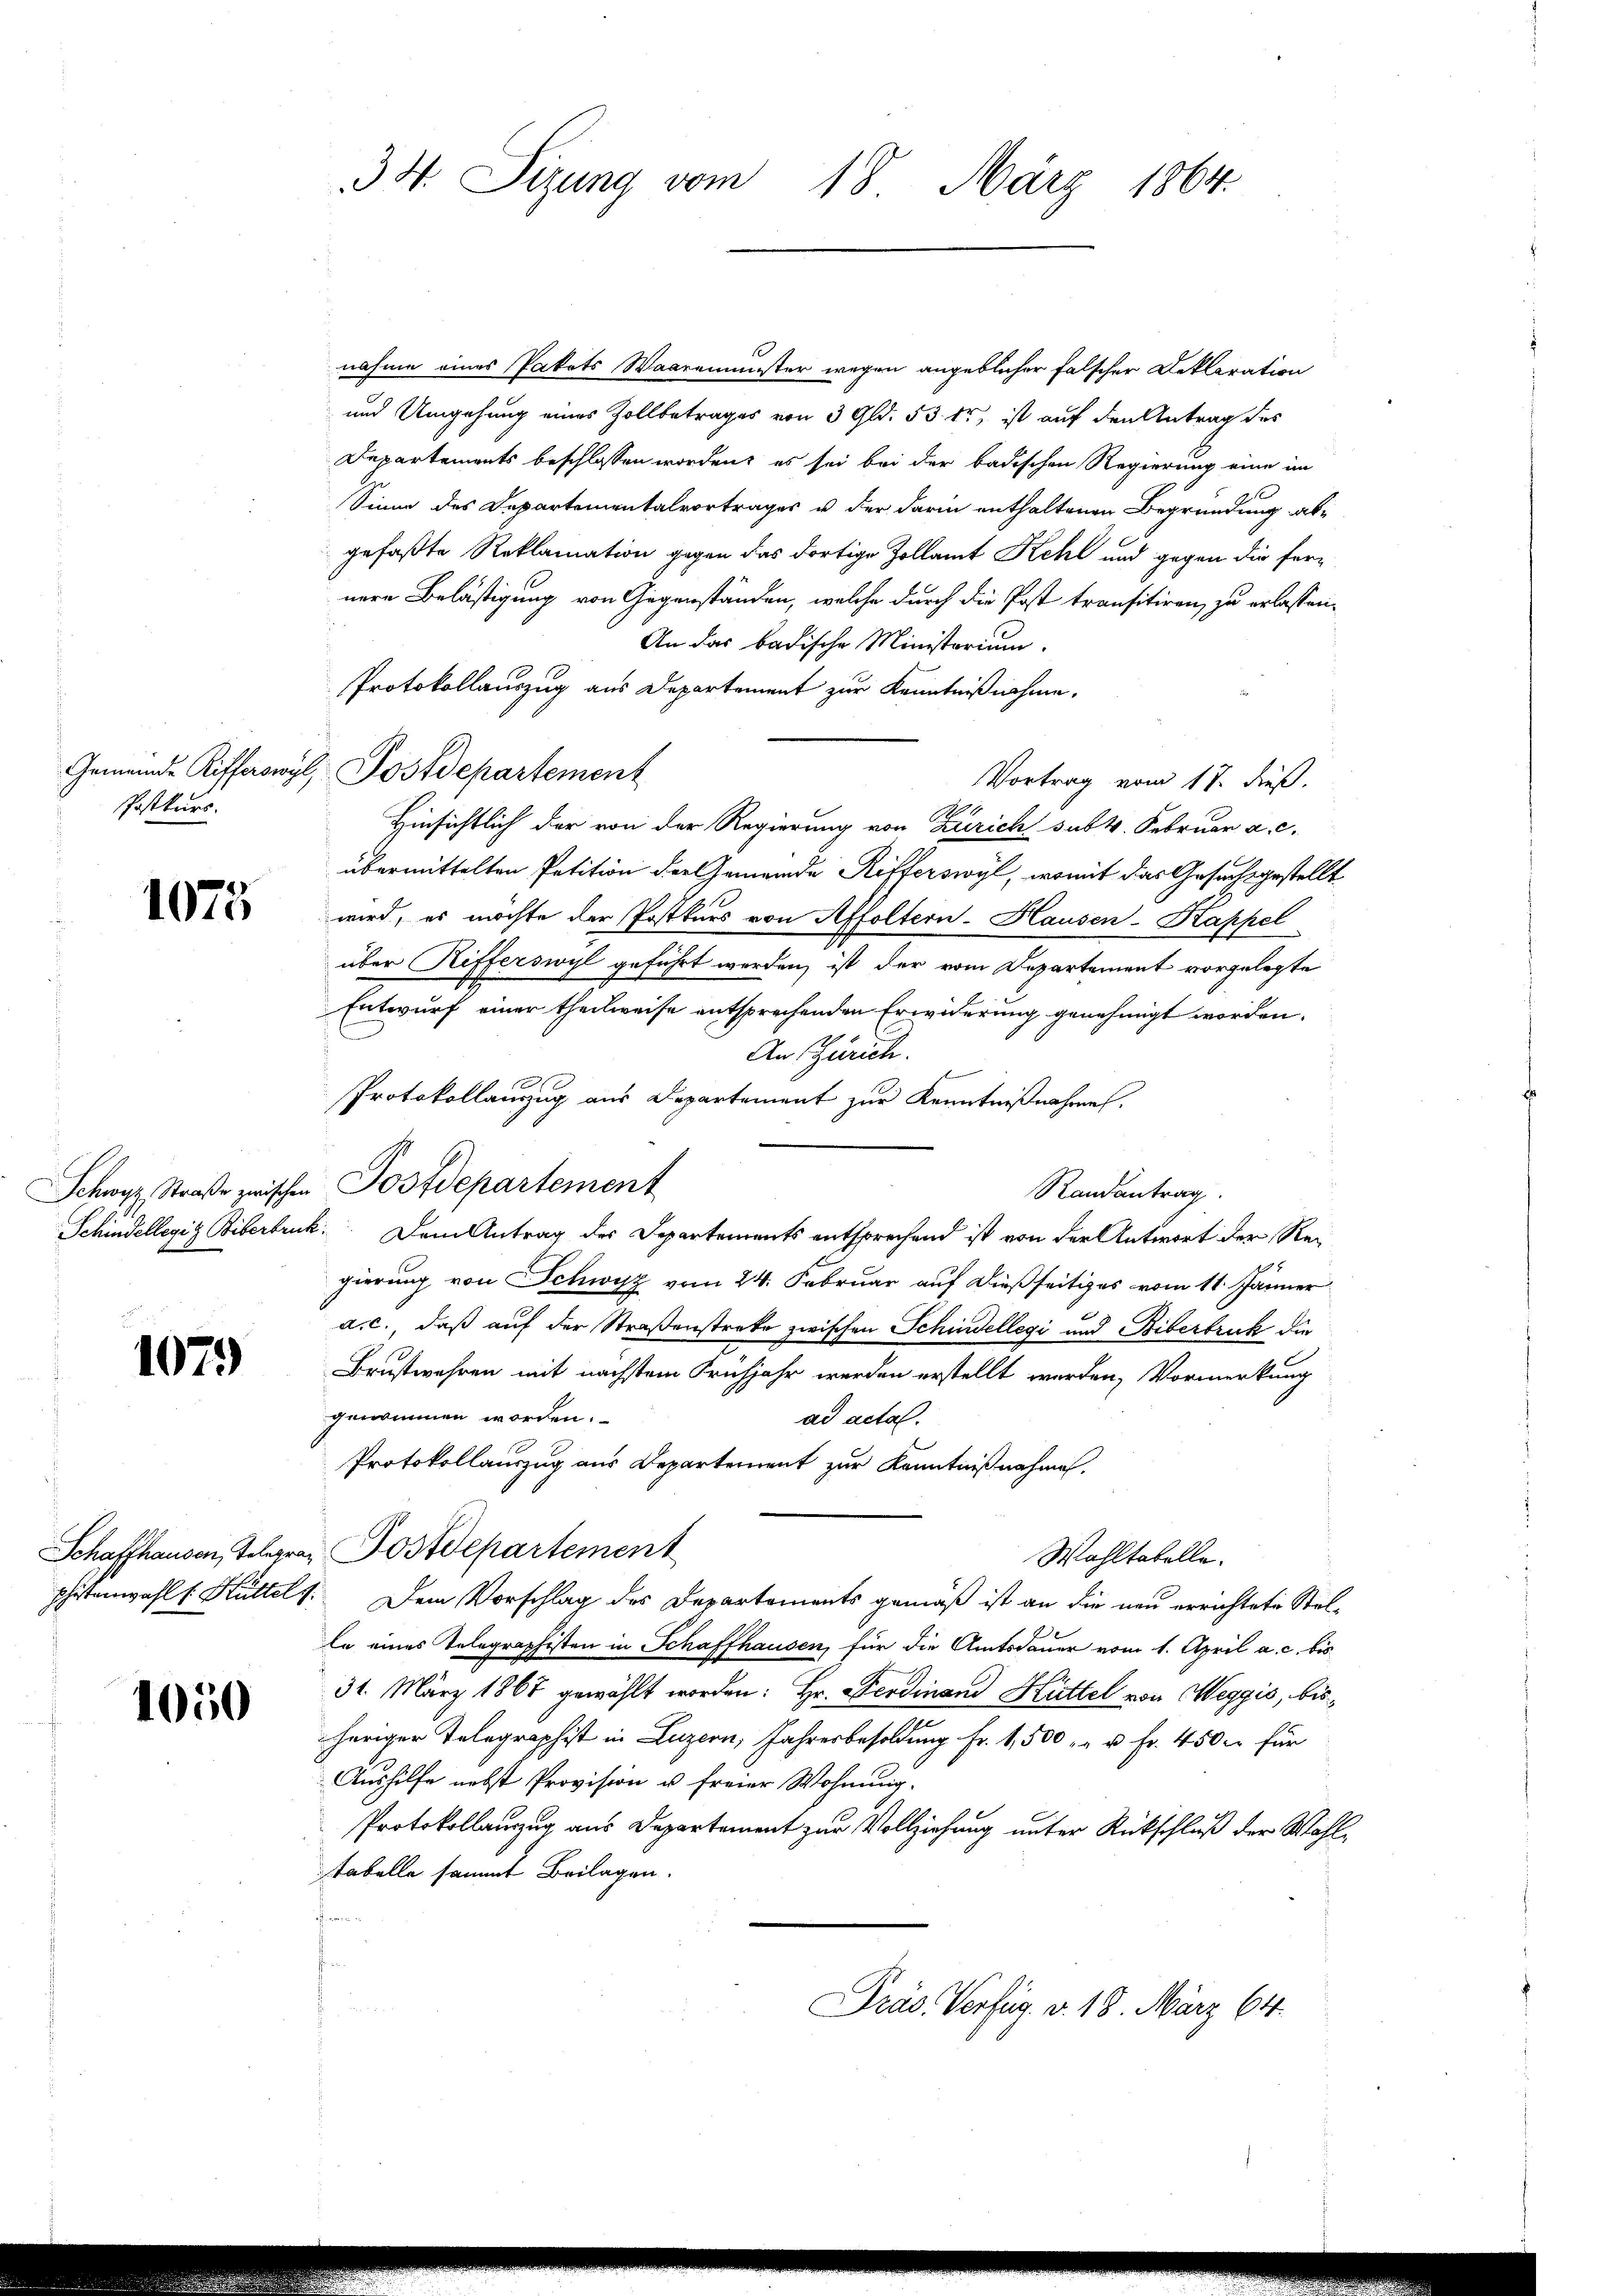
Postkurs.

1075

1079

1050

34. Sizung vom 18. März 1864.

nahme eines Pakets Waaremenster wegen angeblicher falscher Deklaration
und Umgehung eines Zollbetrages von 3 Gld. 53 tr, ist auf den Antrag des
Departements beschlossen worden, es sei bei der badischen Regierung eine im
Sinne des Departementalvortrages u der darin enthaltenen Begründung abgefaßte Reklamation gegen das dortige Zollamt Kehl und gegen die fernere Belästigung von Gegenständen, welche durch die Post transitiren, zu erlassen.
An das badische Ministerium.
Protokollauszug aus Departement zur Kenntnißnahme.
Gemeinde Rifferswyl, Postdepartement
Vortrag vom 17. dieß.
Hinsichtlich der von der Regierung von Zürich sub 4. Februar a. c.
übermittelten Petition der Gemeinde Rifferswyl, womit das Gesuchsgestellt
wird, es möchte der Postkurs von Affoltern-Hausen-Kappel
über Rifferswyl geführt werden, ist der vom Departement vorgelegte
Entwurf einer theilweise entsprechenden Erwiderung genehmigt worden.
An Zürich.
Protokollauszug aus Departement zur Kenntnißnahme.
Schwyz, Straβe zwischen Postdepartement
Randantrag
Schindellegis Biberbruck. Dem Antrag der Departements entsprechend ist von der Antwort der Regierung von Schwisz vom 24. Februar auf dießseitiges vom 11. Jänner
a. c., daß auf der Straßenstreke zwischen Schindellegi und Biberbruck die
Brustwahren mit nächstem Frühjahr werden erstellt werden, Vormerkung
genommen worden.
ad acta.
Protokollauszug aus Departement zur Kenntnißnahmen.
Schaffhausen, Telegra Postdepartement
Wahltabelle.
phetenwahl v. Hüttelt. Dem Vorschlag des Departements gemäß ist an die neu errichtete Stelle eines Telegraphisten in Schaffhausen, für die Amtsdauer vom 1. April a. c. bis
31. März 1867 gewählt worden: Hr. Ferdinand Hüttel von Weggis, bisheriger Telegraphist in Luzern, Jahresbesoldung Fr. 1,500 " " u Fr. 450. für
Aushilfe nebst Provision u freier Wohnung.
Protokollauzug aus Departement zur Vollziehung unter Rückschluß der Wahltabelle sammt Beilagen.
Präs. Verfüg. v. 18. März 64.